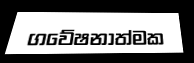
ගවේෂනාත්මක